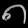
Digit: ၈